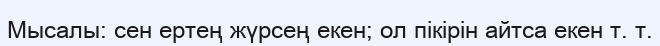
Мысалы: сен ертең жүрсең екен; ол пікірін айтса екен т. т.